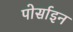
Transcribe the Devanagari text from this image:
पोर्साइन